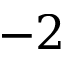
- 2